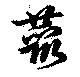
叢